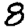
Digit: 8